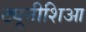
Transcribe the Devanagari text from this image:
ट्यूनीशिआ